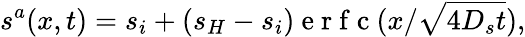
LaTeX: s^{a}(x,t)=s_{i}+(s_{H}-s_{i})\mathrm{~e~r~f~c~}(x/\sqrt{4D_{s}t}),